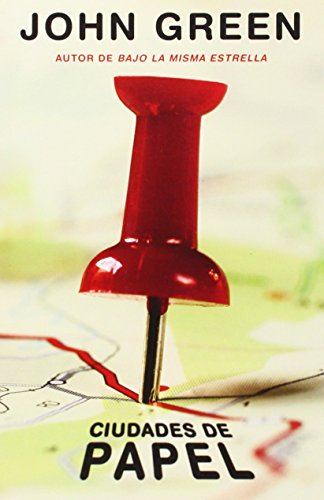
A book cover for Ciudades de papel: (Paper Towns--Spanish-language Edition) (Spanish Edition); John Green; Teen & Young Adult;